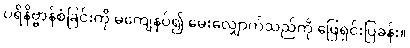
ပရိနိဗ္ဗာန်စံခြင်းကို မကျေနပ်၍ မေးလျှောက်သည်ကို ဖြေရှင်းပြခန်း။